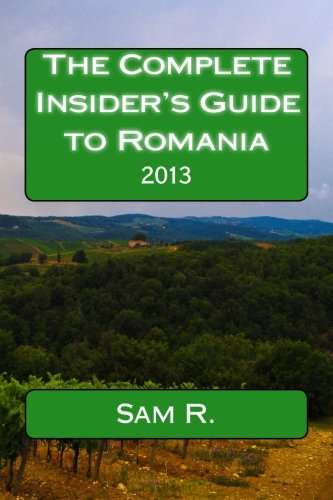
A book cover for The Complete Insider's Guide to Romania: 2013; Sam R.; Travel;